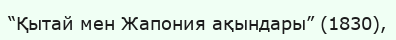
“Қытай мен Жапония ақындары” (1830),